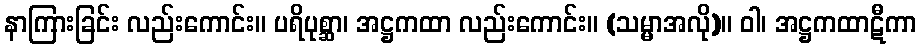
နာကြားခြင်း လည်းကောင်း။ ပရိပုစ္ဆာ၊ အဋ္ဌကထာ လည်းကောင်း။ (သမ္မာအလို)။ ဝါ၊ အဋ္ဌကထာဋီကာ